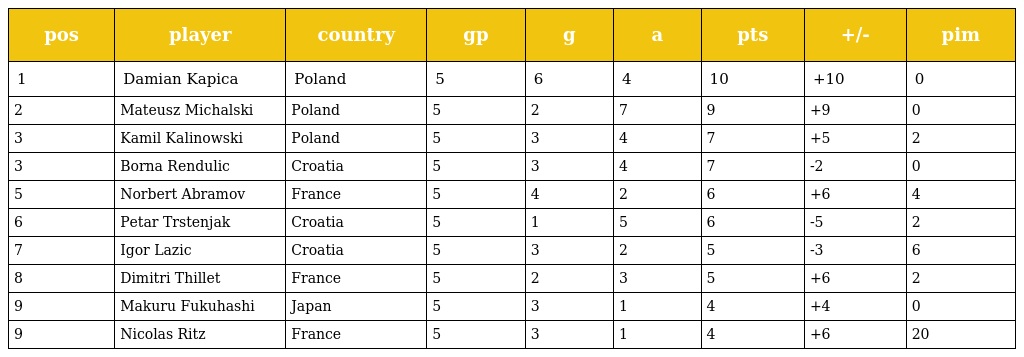
| pos | player | country | gp | g | a | pts | +/- | pim |
 | --- | --- | --- | --- | --- | --- | --- | --- | --- |
 | 1 | Damian Kapica | Poland | 5 | 6 | 4 | 10 | +10 | 0 |
 | 2 | Mateusz Michalski | Poland | 5 | 2 | 7 | 9 | +9 | 0 |
 | 3 | Kamil Kalinowski | Poland | 5 | 3 | 4 | 7 | +5 | 2 |
 | 3 | Borna Rendulic | Croatia | 5 | 3 | 4 | 7 | -2 | 0 |
 | 5 | Norbert Abramov | France | 5 | 4 | 2 | 6 | +6 | 4 |
 | 6 | Petar Trstenjak | Croatia | 5 | 1 | 5 | 6 | -5 | 2 |
 | 7 | Igor Lazic | Croatia | 5 | 3 | 2 | 5 | -3 | 6 |
 | 8 | Dimitri Thillet | France | 5 | 2 | 3 | 5 | +6 | 2 |
 | 9 | Makuru Fukuhashi | Japan | 5 | 3 | 1 | 4 | +4 | 0 |
 | 9 | Nicolas Ritz | France | 5 | 3 | 1 | 4 | +6 | 20 |